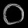
Digit: ၀